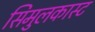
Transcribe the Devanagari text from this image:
सिमुलकास्ट